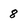
Character: 8